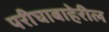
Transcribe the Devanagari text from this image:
परीघाबाहेरील